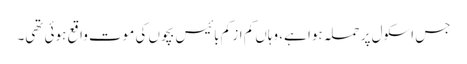
جس اسکول پر حملہ ہوا ہے، وہاں کم از کم بائیس بچوں کی موت واقع ہوئی تھی۔